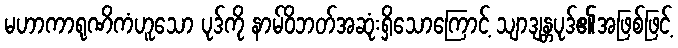
မဟာကာရုဏိကံဟူသော ပုဒ်ကို နာမ်ဝိဘတ်အဆုံးရှိသောကြောင့် သျာဒျန္တပုဒ်၏အဖြစ်ဖြင့်